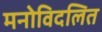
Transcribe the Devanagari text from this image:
मनोविदलित